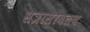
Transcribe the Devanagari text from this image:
सत्रासोबतच